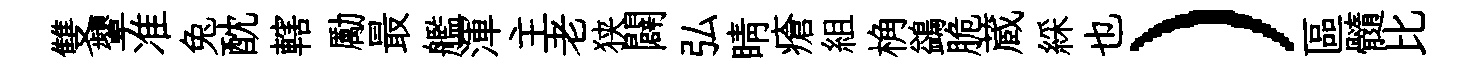
雙顰准兔酖轄勵最艦渾主老狭闢弘睛瘡組桷鷁脆蔵綵也）區髓比